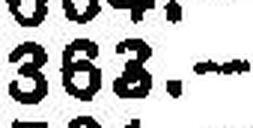
363.—